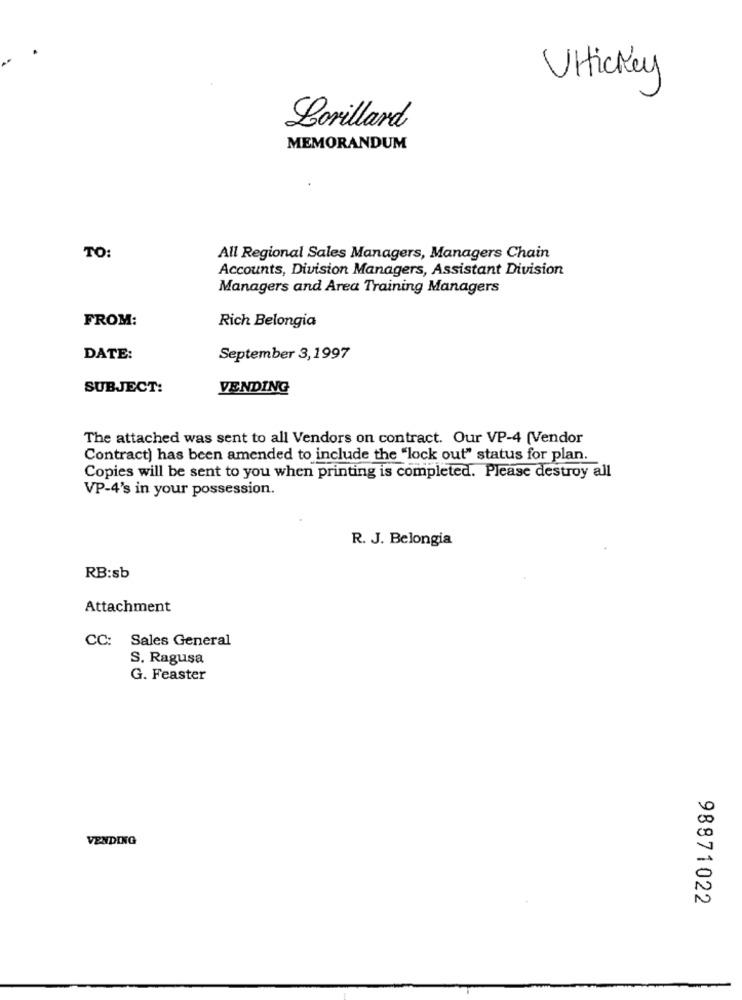
Ultickey
Lorillard
MEMORANDUM
TO:
All Regional Sales Managers, Managers Chain
Accounts, Division Managers, Assistant Division
Managers and Area Training Managers
FROM:
Rich Belongia
DATE:
September 3,1997
SUBJECT:
VENDING
The attached was sent to all Vendors on contract. Our VP-4 (Vendor
Contract) has been amended to include the "lock out" status for plan.
Copies will be sent to you when printing is completed. Please destroy all
VP-4's in your possession.
R. J. Belongia
RB:sb
Attachment
CC: Sales General
S. Ragusa
G. Feaster
VENDING
98871022